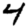
Digit: 4